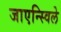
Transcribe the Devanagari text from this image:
जाएन्स्विले